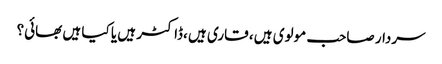
سردار صاحب مولوی ہیں ، قاری ہیں ،ڈاکٹر ہیں یا کیا ہیں بھائی؟